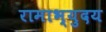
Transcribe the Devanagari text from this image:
रामाभ्युदय